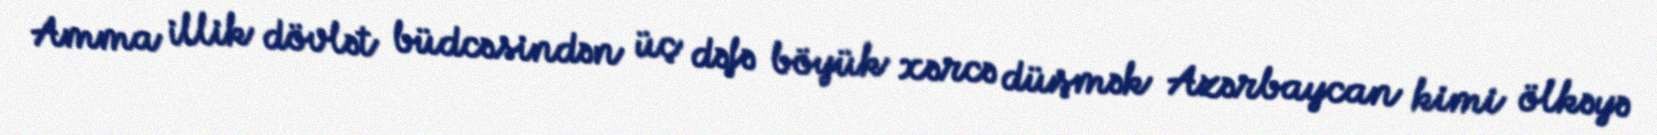
Amma illik dövlət büdcəsindən üç dəfə böyük xərcə düşmək Azərbaycan kimi ölkəyə